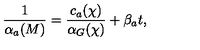
\frac { 1 } { \alpha _ { a } ( M ) } = \frac { c _ { a } ( \chi ) } { \alpha _ { G } ( \chi ) } + \beta _ { a } t ,